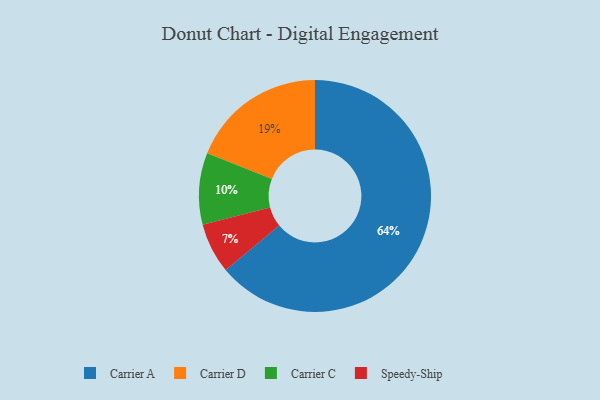
{"axis": {"x": "Category", "y": "Percentage"}, "legend": ["Carrier A", "Carrier C", "Carrier D", "Speedy-Ship"], "data": [{"x": "Carrier C", "y": 10, "type": "Carrier C"}, {"x": "Carrier A", "y": 64, "type": "Carrier A"}, {"x": "Carrier D", "y": 19, "type": "Carrier D"}, {"x": "Speedy-Ship", "y": 7, "type": "Speedy-Ship"}]}